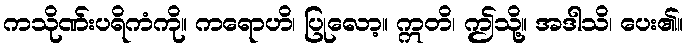
ကသိုဏ်းပရိကံကို။ ကရောဟိ၊ ပြုလော့။ ဣတိ၊ ဤသို့။ အဒါသိ၊ ပေး၏။